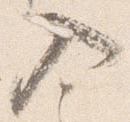
入